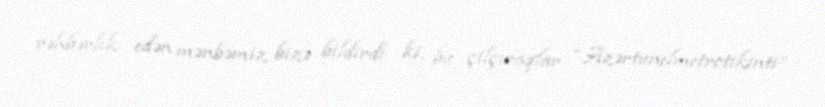
rəhbərlik edən mənbəmiz bizə bildirdi ki, bu çilçıraqlar “Azərtunelmetrotikinti”